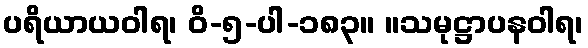
ပရိယာယဝါရ၊ ဝိ-၅-ပါ-၁၈၃။ ။သမုဋ္ဌာပနဝါရ၊